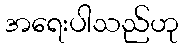
အရေးပါသည်ဟု